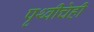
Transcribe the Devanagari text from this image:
पृथ्वीचेही